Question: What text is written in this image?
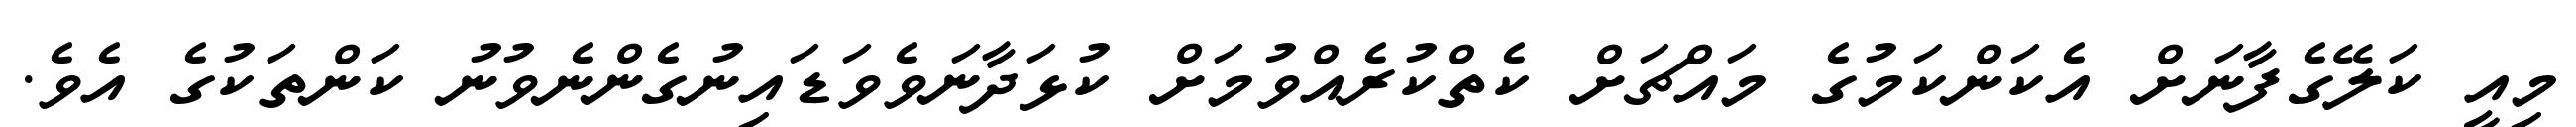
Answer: މިއީ ކަލޭގެފާނަށް އެކަންކަމުގެ މައްޗަށް ކެތްކުރެއްވުމަށް ކުޅަދާނަވެވަޑައިނުގެންނެވުނު ކަންތަކުގެ އެވެ.